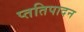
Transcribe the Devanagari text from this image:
प्ततिपादन